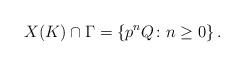
LaTeX: \begin{align*}X(K)\cap\Gamma=\left\{p^nQ\colon n\ge 0\right\}.\end{align*}